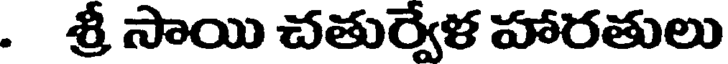
. శ్రీ సాయి చతుర్వేళ హారతులు